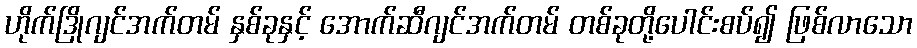
ဟိုက်ဒြိုဂျင်အက်တမ် နှစ်ခုနှင့် အောက်ဆီဂျင်အက်တမ် တစ်ခုတို့ပေါင်းစပ်၍ ဖြစ်လာသော